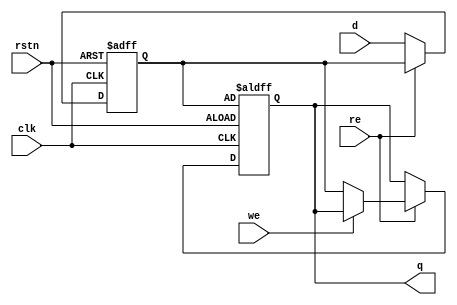
// This program was cloned from: https://github.com/cmdc0de/mysoc
// License: MIT License

module dff (input d, input re, input we, input rstn, input clk, output reg q);

	reg value;
	always @(posedge clk or negedge rstn)
	begin
		if (!rstn) 
		begin 
			value <=0;
			q<=value;
		end
		else if (!re) value<=d;
		else if (!we) q<=value;
		//$display("value = 0x%0h",value);
	end
endmodule